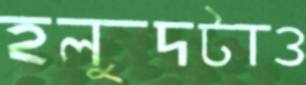
হলুদটাও